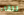
للقاء